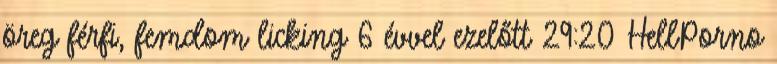
öreg férfi, femdom licking 6 évvel ezelőtt 29:20 HellPorno